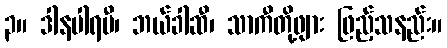
၃။ ဒါနပါရမီ၊ ဘယ်ခါဆီ၊ သာကီတို့ဖျား ဖြည့်သနည်း။